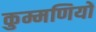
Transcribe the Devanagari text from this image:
कुम्मणियों